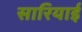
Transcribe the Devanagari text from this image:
सारियाई